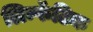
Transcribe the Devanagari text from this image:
लिम्फॅटिक